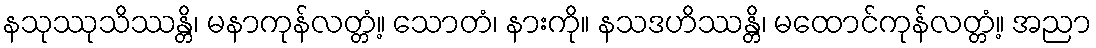
နသုဿုသိဿန္တိ၊ မနာကုန်လတ္တံ့။ သောတံ၊ နားကို။ နသဒဟိဿန္တိ၊ မထောင်ကုန်လတ္တံ့။ အညာ